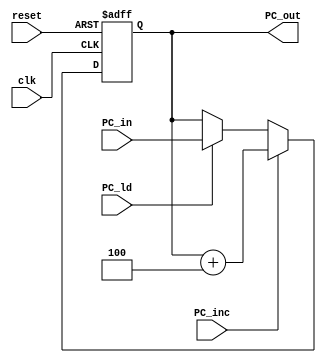
`timescale 1ns / 1ps
/****************************** C E C S  4 4 0 ******************************
 *
 * Project:    Lab_Assignment_5
 * Designer:   Joseph Almeida
 * Rev. No.:   Version 1.0
 * Rev. Date:  October 9, 2018
 *
 * Purpose:    has an increment control signal that will
 *             cause a PC <- PC+4 operation to take place whenever we want to
 *             read the next instruction.
 *
 * Notes:      All write operations to the PC are synchronous.
 *
 ****************************************************************************/
module PC(
    input clk,
    input reset,
    input [31:0] PC_in,
    input PC_ld,
    input PC_inc,
    output reg [31:0] PC_out
    );

	always@(posedge clk, posedge reset)
	begin
		if(reset) PC_out <= 0;
		else if (PC_inc) PC_out <= PC_out + 32'h4;
		else if (PC_ld)  PC_out <= PC_in;
		else				  PC_out <= PC_out;

	end

endmodule